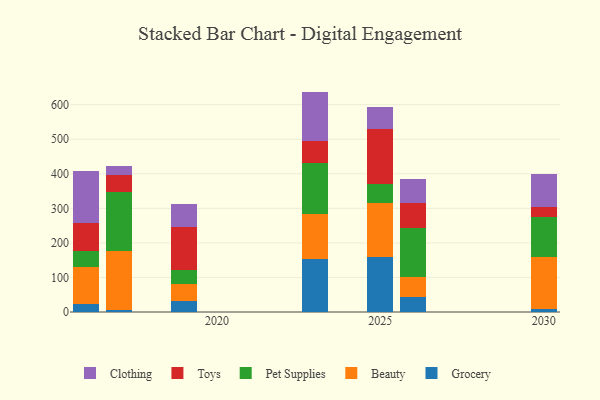
{"axis": {"x": "Year", "y": "Headcount"}, "legend": ["Beauty", "Clothing", "Grocery", "Pet Supplies", "Toys"], "data": [{"x": "2030", "y": 8.5, "type": "Grocery"}, {"x": "2030", "y": 149.4, "type": "Beauty"}, {"x": "2030", "y": 117.5, "type": "Pet Supplies"}, {"x": "2030", "y": 29.9, "type": "Toys"}, {"x": "2030", "y": 95.1, "type": "Clothing"}, {"x": "2025", "y": 158.0, "type": "Grocery"}, {"x": "2025", "y": 156.1, "type": "Beauty"}, {"x": "2025", "y": 55.7, "type": "Pet Supplies"}, {"x": "2025", "y": 158.6, "type": "Toys"}, {"x": "2025", "y": 63.9, "type": "Clothing"}, {"x": "2016", "y": 23.0, "type": "Grocery"}, {"x": "2016", "y": 107.1, "type": "Beauty"}, {"x": "2016", "y": 46.0, "type": "Pet Supplies"}, {"x": "2016", "y": 82.0, "type": "Toys"}, {"x": "2016", "y": 149.9, "type": "Clothing"}, {"x": "2026", "y": 43.8, "type": "Grocery"}, {"x": "2026", "y": 56.5, "type": "Beauty"}, {"x": "2026", "y": 143.3, "type": "Pet Supplies"}, {"x": "2026", "y": 71.9, "type": "Toys"}, {"x": "2026", "y": 69.3, "type": "Clothing"}, {"x": "2019", "y": 31.4, "type": "Grocery"}, {"x": "2019", "y": 50.0, "type": "Beauty"}, {"x": "2019", "y": 39.5, "type": "Pet Supplies"}, {"x": "2019", "y": 124.3, "type": "Toys"}, {"x": "2019", "y": 68.0, "type": "Clothing"}, {"x": "2023", "y": 154.6, "type": "Grocery"}, {"x": "2023", "y": 129.7, "type": "Beauty"}, {"x": "2023", "y": 146.8, "type": "Pet Supplies"}, {"x": "2023", "y": 63.2, "type": "Toys"}, {"x": "2023", "y": 143.5, "type": "Clothing"}, {"x": "2017", "y": 5.5, "type": "Grocery"}, {"x": "2017", "y": 172.0, "type": "Beauty"}, {"x": "2017", "y": 170.6, "type": "Pet Supplies"}, {"x": "2017", "y": 47.3, "type": "Toys"}, {"x": "2017", "y": 27.5, "type": "Clothing"}]}